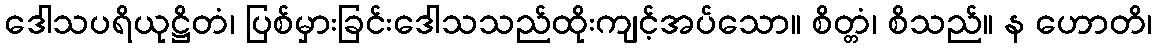
ဒေါသပရိယုဋ္ဌိတံ၊ ပြစ်မှားခြင်းဒေါသသည်ထိုးကျင့်အပ်သော။ စိတ္တံ၊ စိသည်။ န ဟောတိ၊